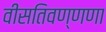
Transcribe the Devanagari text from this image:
वीसतिवण्णणा